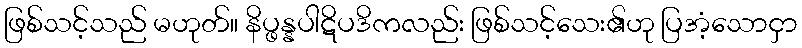
ဖြစ်သင့်သည် မဟုတ်။ နိပ္ဖန္နပါဋိပဒိကလည်း ဖြစ်သင့်သေး၏ဟု ပြအံ့သောငှာ